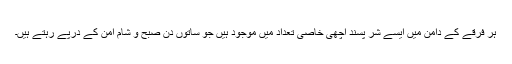
ہر فرقے کے دامن میں ایسے شر پسند اچھی خاصی تعداد میں موجود ہیں جو ساتوں دن صبح و شام امن کے درپے رہتے ہیں۔